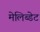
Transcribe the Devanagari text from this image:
मेलिब्डेट